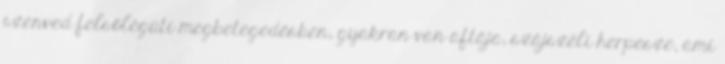
szenved felsőlégúti megbetegedésben, gyakran van aftája, szájszéli herpesze, ami